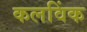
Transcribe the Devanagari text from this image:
कलविंक